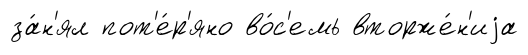
за́н'ял пот'е́р'яно во́с'емь вторже́н'иjа